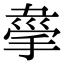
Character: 𢮟